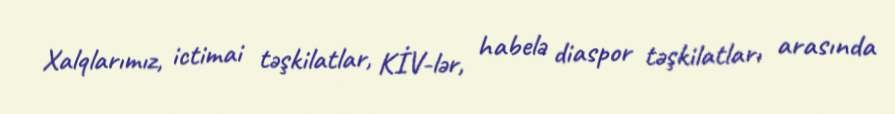
Xalqlarımız, ictimai təşkilatlar, KİV-lər, habelə diaspor təşkilatları arasında